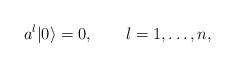
LaTeX: \begin{align*}a^l|0\rangle =0, \qquad l=1,\ldots, n,\end{align*}